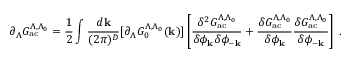
\partial _ { \Lambda } { \cal { G } } _ { \mathrm { a c } } ^ { \Lambda , \Lambda _ { 0 } } = \frac { 1 } { 2 } \int \frac { d { \bf { k } } } { ( 2 \pi ) ^ { D } } [ \partial _ { \Lambda } G _ { 0 } ^ { \Lambda , \Lambda _ { 0 } } ( { \bf { k } } ) ] \left[ \frac { \delta ^ { 2 } { \cal { G } } _ { \mathrm { a c } } ^ { \Lambda , \Lambda _ { 0 } } } { \delta \phi _ { \bf { k } } \delta \phi _ { - { \bf { k } } } } + \frac { \delta { \cal { G } } _ { \mathrm { a c } } ^ { \Lambda , \Lambda _ { 0 } } } { \delta \phi _ { \bf { k } } } \frac { \delta { \cal { G } } _ { \mathrm { a c } } ^ { \Lambda , \Lambda _ { 0 } } } { \delta \phi _ { - \bf { k } } } \right] \; .